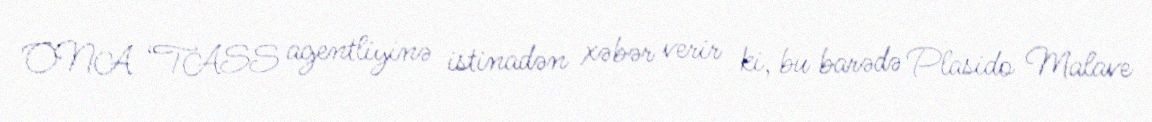
ONA “TASS agentliyinə istinadən xəbər verir ki, bu barədə Plasido Malave